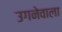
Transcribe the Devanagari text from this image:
उगनेवाला